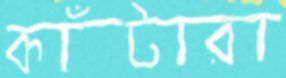
কাঁটারা